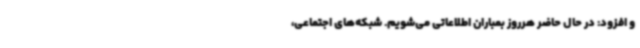
و افزود: در حال حاضر هرروز بمباران اطلاعاتی می‌شویم. شبکه‌های اجتماعی،